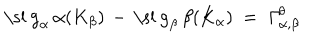
\mathrm { \ s l ~ g } _ { \alpha } \, \alpha ( K _ { \beta } ) \, - \, \mathrm { \ s l ~ g } _ { \beta } \, \beta ( K _ { \alpha } ) ~ = ~ \mathit { \Gamma } _ { \alpha , \beta } ^ { \theta }